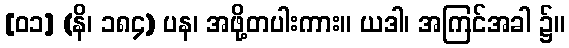
[၀၁] (နိ၊ ၁၈၄) ပန၊ အဖို့တပါးကား။ ယဒါ၊ အကြင်အခါ ၌။